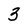
Character: 3